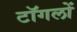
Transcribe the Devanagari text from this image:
टॉगलों